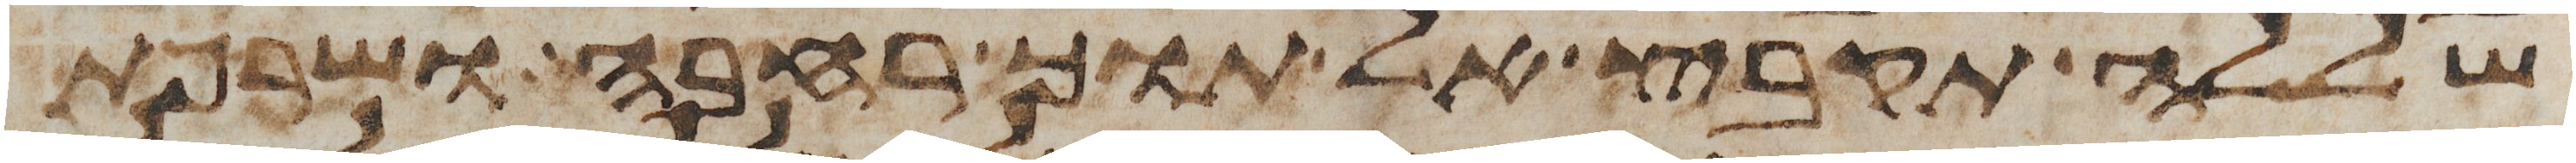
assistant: שללה תקבץ אל תוך רחבה ושרפת